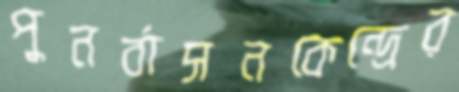
পুনর্বাসনকেন্দ্রের